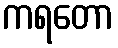
ကရတော